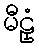
မီဠှံ